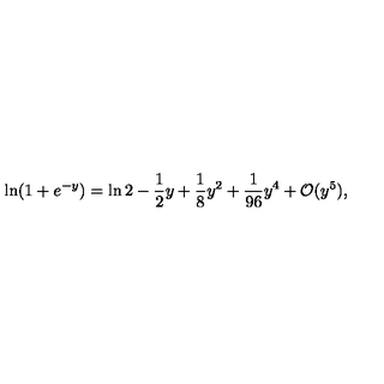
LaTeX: \ln ( 1 + e ^ { - y } ) = \ln 2 - \frac { 1 } { 2 } y + \frac { 1 } { 8 } y ^ { 2 } + \frac { 1 } { 9 6 } y ^ { 4 } + { \cal O } ( y ^ { 5 } ) ,